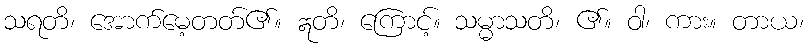
သရတိ၊ အောက်မေ့တတ်၏။ ဣတိ၊ ကြောင့်။ သမ္မာသတိ၊ ၏။ ဝါ၊ ကား။ တာယ၊